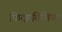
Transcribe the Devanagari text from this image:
फित्झविलियम